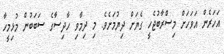
އަހަރެން އަވަހަށް މިސްރާބުޖެހީ ގެޔަށް ދިޔުމަށެވެ. މި ދިމާވި ހާދިސާގެ ސަބަބުން މުޅިމީހާ